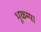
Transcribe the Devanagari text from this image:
भूकम्प।